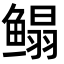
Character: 鳎